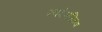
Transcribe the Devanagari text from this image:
स्वदेशमित्रण